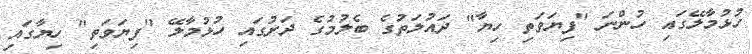
ހުޅުމާލޭގައި ހުންނަ "ފިޔަވަތި ހިޔާ" ދައުލަތުގެ ބެލުމުގެ ދަށުގައި ހުޅުމާލޭ "ފިޔަވަތި" ހިޔާގައި